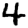
Digit: 4